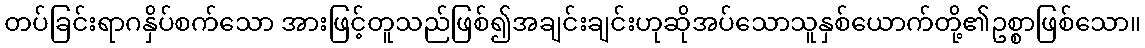
တပ်ခြင်းရာဂနှိပ်စက်သော အားဖြင့်တူသည်ဖြစ်၍အချင်းချင်းဟုဆိုအပ်သောသူနှစ်ယောက်တို့၏ဥစ္စာဖြစ်သော။